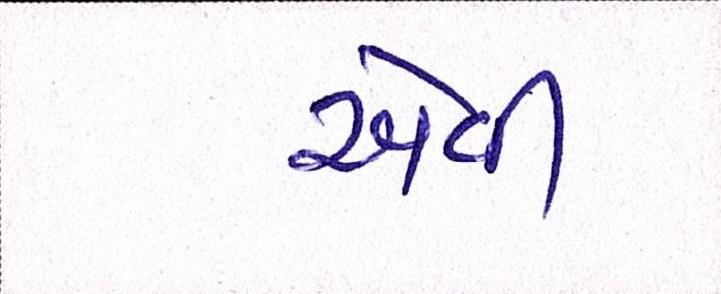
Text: એવી